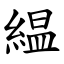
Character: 緼